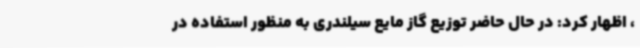
، اظهار کرد: در حال حاضر توزیع گاز مایع سیلندری به منظور استفاده در